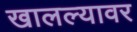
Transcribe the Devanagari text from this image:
खालल्यावर